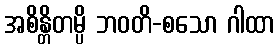
အစိန္တိတမ္ပိ ဘဝတိ-စသော ဂါထာ